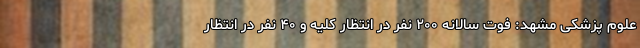
علوم پزشکی مشهد: فوت سالانه ۲۰۰ نفر در انتظار کلیه و ۴۰ نفر در انتظار